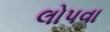
લોપવા